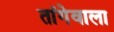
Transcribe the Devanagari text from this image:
तांगेवाला